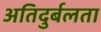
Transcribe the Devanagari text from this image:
अतिदुर्बलता